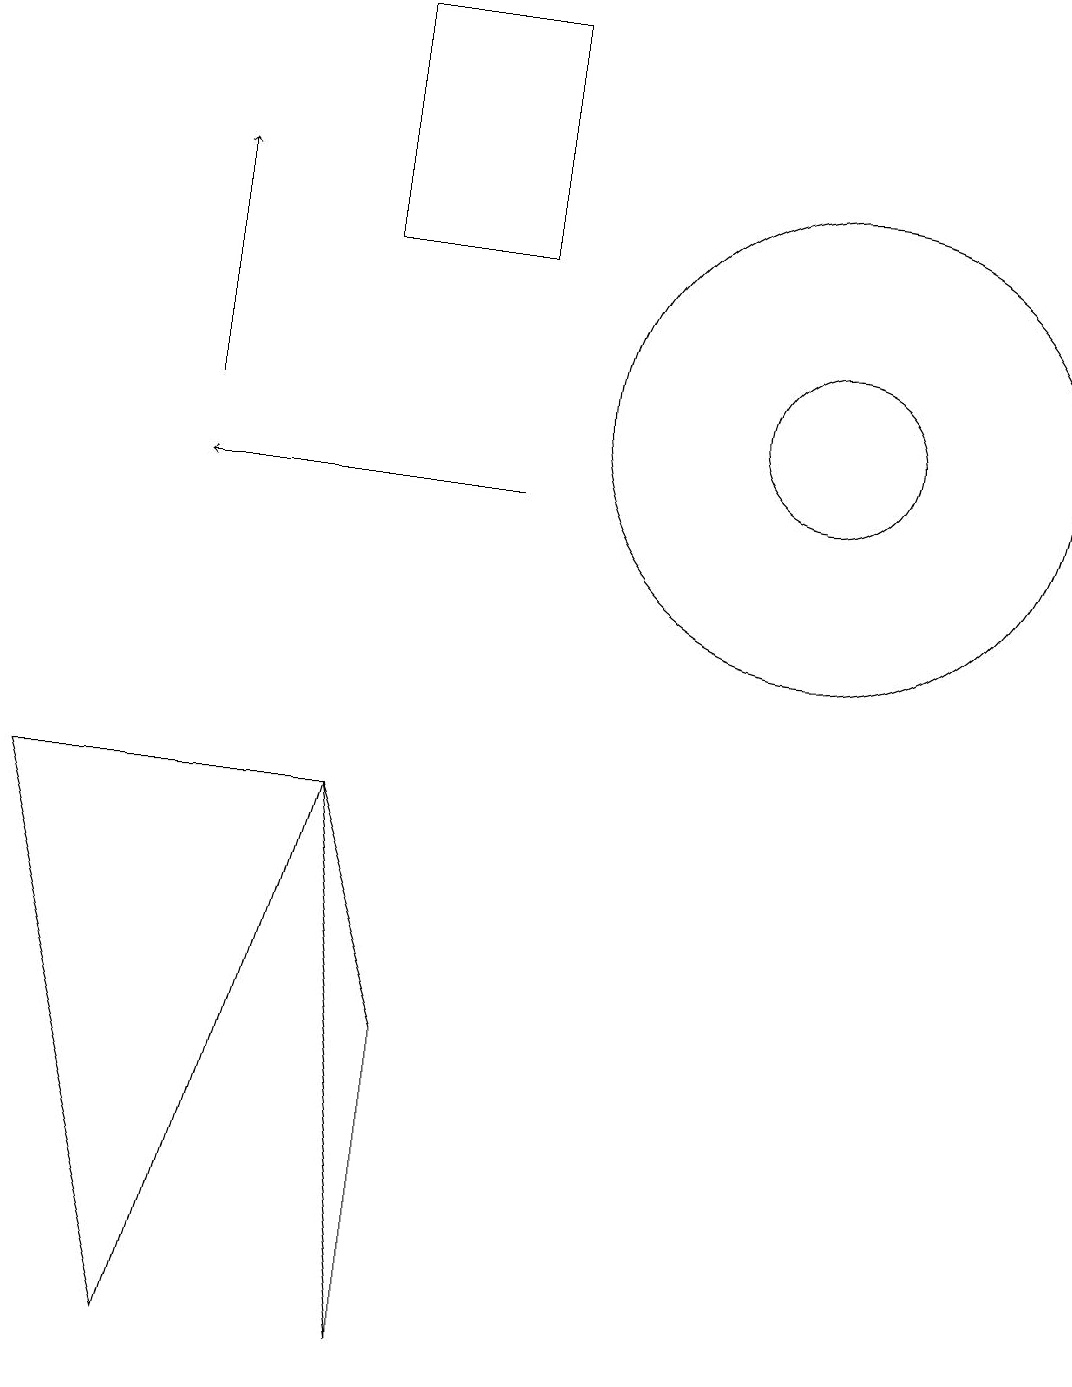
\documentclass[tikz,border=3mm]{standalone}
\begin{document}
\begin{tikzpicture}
\draw (2,0) -- (0,7) -- (4,7) -- cycle;
\draw (10,12) circle (3);
\draw (10,12) circle (1);
\draw[->] (6,11) -- (2,11);
\draw[->] (2,12) -- (2,15);
\draw (4,17) rectangle (6,14);
\draw (4,7) -- (5,0) -- (5,4) -- cycle;
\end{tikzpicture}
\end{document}